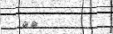
١٦